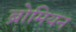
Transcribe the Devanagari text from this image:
ब्रोमियन